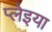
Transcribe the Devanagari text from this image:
प्लेइया